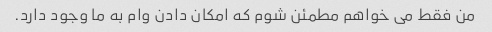
من فقط می خواهم مطمئن شوم که امکان دادن وام به ما وجود دارد.